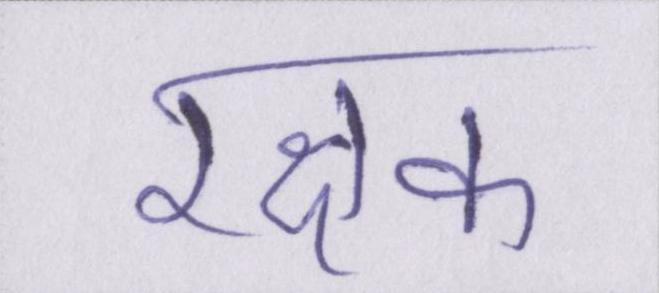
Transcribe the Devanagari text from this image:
रक्षक